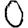
Digit: 0